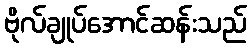
ဗိုလ်ချုပ်အောင်ဆန်းသည်